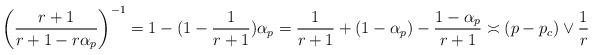
LaTeX: \begin{align*}\left(\frac{r+1}{r+1-r\alpha_p}\right)^{-1} = 1-(1-\frac{1}{r+1})\alpha_p = \frac{1}{r+1} + (1-\alpha_p) - \frac{1-\alpha_p}{r+1} \asymp (p-p_c) \vee \frac{1}{r}\end{align*}